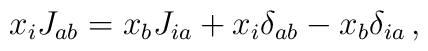
x_i J_{ab} = x_b J_{ia} + x_i \delta_{ab} - x_b \delta_{ia} \, ,